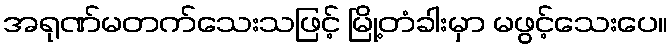
အရုဏ်မတက်သေးသဖြင့် မြို့တံခါးမှာ မဖွင့်သေးပေ။